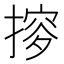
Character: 摉